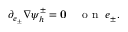
\partial _ { e _ { \pm } } \nabla \psi _ { h } ^ { \pm } = { \mathbf 0 } \quad \mathrm { ~ o ~ n ~ } \; e _ { \pm } .